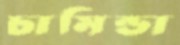
চামিন্ডা